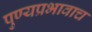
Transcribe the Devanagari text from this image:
पुण्यप्रभावाच